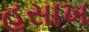
હસાખ